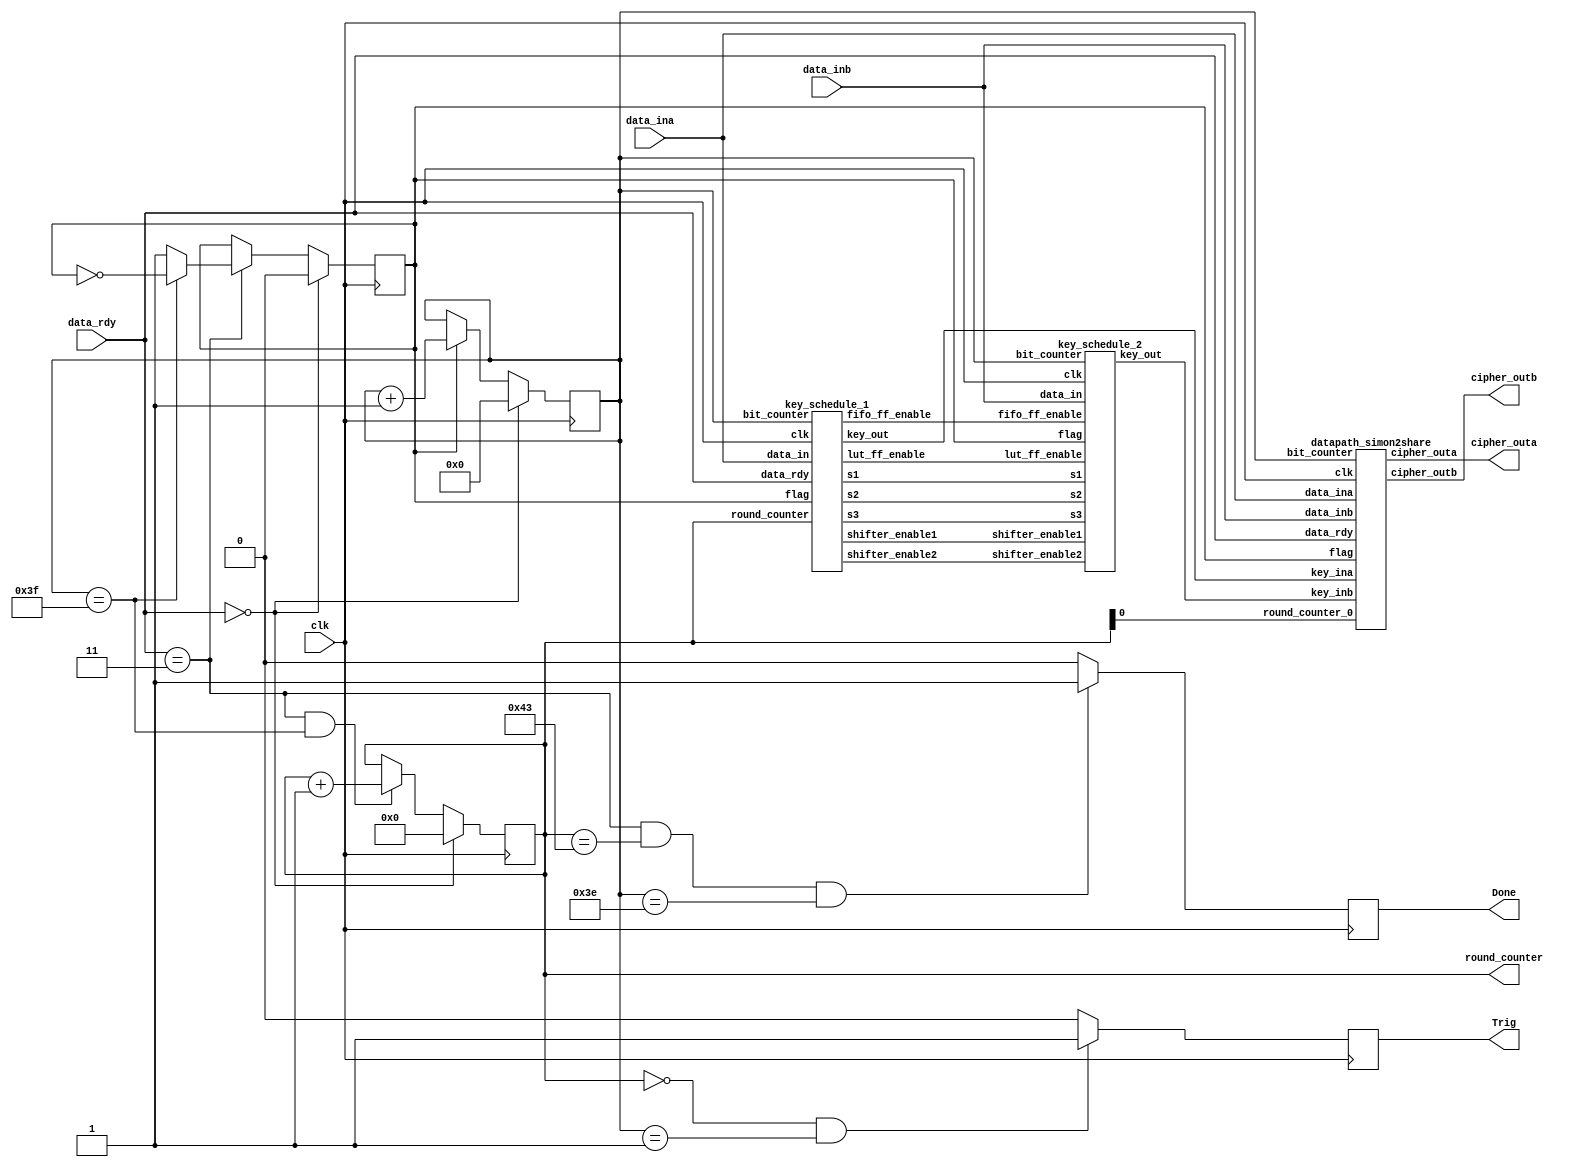
`timescale 1ns / 1ps

module TI_Simon_Core(
       clk, data_ina, data_inb, data_rdy, cipher_outa, cipher_outb, round_counter, Done, Trig);
		 
	//------------------------------------------------ Interfaces
	input clk;
	input data_ina, data_inb;
	input [1:0] data_rdy;
	output cipher_outa, cipher_outb;
	output reg [6:0] round_counter;
	output reg Done, Trig;

	//------------------------------------------------
	reg [5:0] bit_counter;
	reg flag;
	
	wire shifter_enable1,shifter_enable2;
	wire lut_ff_enable,fifo_ff_enable;
	
	wire [1:0] s1,s3;
	wire s2;
	wire keya, keyb;

	// bit_counter logic
	always@(posedge clk)
	begin
		if(data_rdy==0)
			bit_counter <= 0;
		else if(flag) 
			bit_counter <= bit_counter + 1;		
		else
			bit_counter <= bit_counter;
	end
	
	always@(posedge clk) 
	begin
		if(data_rdy==0)
			flag <= 0;
		else if(data_rdy == 3)
		begin
			if(bit_counter == 63)
				flag <= ~flag;
			else
				flag <= 1;
		end
		else
			flag <= flag;
	end
	
	// round_counter logic
	always@(posedge clk)
	begin
		if(data_rdy==0)
			round_counter <= 0;
		else if(data_rdy == 3 && bit_counter == 63)
			round_counter <= round_counter + 1;
		else
			round_counter <= round_counter;
	end

	always @(posedge clk) begin
		if (round_counter == 0 && bit_counter == 1) //So it means first 4 rounds
			Trig = 1;
		else
			Trig = 0;

		if(data_rdy == 3 && round_counter == 67 && bit_counter == 62)
			Done = 1;			
		else
			Done = 0;
	end
	//------------------------------------------------
	/*
		data_rdy=0 -> Reset, Idle
		data_rdy=1 -> Load Plaintext
		data_rdy=2 -> Load Key
		data_rdy=3 -> Run (keep at 3 while the block cipher is running)
	*/

	datapath_simon2share SIMON_DATAPATH
					(.clk(clk), 
					 .data_ina(data_ina), .data_inb(data_inb), 
					 .data_rdy(data_rdy), 
					 .key_ina(keya), .key_inb(keyb),
					 .cipher_outa(cipher_outa), .cipher_outb(cipher_outb), 
					 .round_counter_0(round_counter[0]), .bit_counter(bit_counter), .flag(flag));
											
	key_schedule_1 SIMON_KEY_EXP_1
					(.clk(clk), 
					 .data_in(data_ina), .data_rdy(data_rdy), 
					 .key_out(keya), 
					 .bit_counter(bit_counter), .round_counter(round_counter),
					 .s2(s2), .s1(s1), .s3(s3), .flag(flag),
					 .shifter_enable1(shifter_enable1), .shifter_enable2(shifter_enable2),
					 .lut_ff_enable(lut_ff_enable), .fifo_ff_enable(fifo_ff_enable));

	key_schedule_2 SIMON_KEY_EXP_2
					(.clk(clk), .data_in(data_inb), .key_out(keyb), 
					 .bit_counter(bit_counter), 
					 .s2(s2), .s1(s1), .s3(s3), .flag(flag),
					 .shifter_enable1(shifter_enable1), .shifter_enable2(shifter_enable2),
					 .lut_ff_enable(lut_ff_enable), .fifo_ff_enable(fifo_ff_enable));

endmodule

// 
module datapath_simon2share(clk, data_ina, data_inb, data_rdy, key_ina, key_inb, 
							cipher_outa, cipher_outb, round_counter_0, flag, bit_counter);
	input clk, data_ina, data_inb;
	input key_ina, key_inb;
	input [1:0] data_rdy;
	input round_counter_0;
	input [5:0] bit_counter;
	input flag;
	output cipher_outa, cipher_outb;

	reg s1, s2;
	reg [1:0] s3;

	wire lut_rol8_shifted_out_a, lut_rol8_shifted_out_b;
	reg shifter_enable1, shifter_enable2;
	//Selection MUX
	always@(*)
	begin
		// For the first 8 bits of each even round OR for all the bits after the first 8 bits in odd rounds OR loading the plaintext  
		if((round_counter_0==0 && (bit_counter<8 || flag==0))||(round_counter_0==1 && (bit_counter>7 && flag))||(data_rdy==1))
			s1 = 1;
		else 
			s1 = 0;
		
		if(round_counter_0==0) // Even rounds
			s2 = 0;
		else
			s2 = 1;

		if(data_rdy==1) // Loading plaintext
			s3 = 0;
		else if(bit_counter==63) // Even rounds
			s3 = 2;
		else  begin
			if(flag == 0) // Odd rounds
				s3 = 1;
			else
				s3 = s3;
		end
	end

	// SHIFTER ENABLES
	// Two shift registers are enabled when the plaintext is being loaded (1) or when the block cipher is running (3)
	always@(*)
	begin
		if(data_rdy == 1 || (data_rdy == 3 && bit_counter != 63))
		begin
			shifter_enable1 = 1;
			shifter_enable2 = 1;
		end
		else
		begin
			shifter_enable1 = 0;
			shifter_enable2 = 0;
		end
	end

	datapath_share dp_a(clk, data_ina, key_ina, shifter_enable1, shifter_enable2, cipher_outa,
						lut_rol8_shifted_out_b, lut_rol8_shifted_out_a, s1, s2, s3);

	datapath_share dp_b(clk, data_inb, key_inb, shifter_enable1, shifter_enable2, cipher_outb,
						lut_rol8_shifted_out_a, lut_rol8_shifted_out_b, s1, s2, s3);

endmodule

module datapath_share(clk, data_in, key_in, shifter_enable1, shifter_enable2, cipher_out, 
		 			  lut_rol8_shifted_ext, lut_rol8_shifted_out, s1, s2, s3);

	// interfaces
	input clk;
	input data_in, key_in;
	input s1, s2;
	input [1:0] s3;
	input shifter_enable1, shifter_enable2;
	input lut_rol8_shifted_ext;
	output cipher_out;
	output reg lut_rol8_shifted_out;
	
	// shift register 
	reg [54:0] shifter1;
	reg [63:0] shifter2;
	reg shift_in1,shift_in2;
	wire shift_out1,shift_out2;
	
	// FIFO
	reg fifo_ff62,fifo_ff61,fifo_ff60,fifo_ff59,fifo_ff58,fifo_ff57,fifo_ff56, fifo_ff55;
	reg lut_ff62,lut_ff61,lut_ff60,lut_ff59,lut_ff58,lut_ff57,lut_ff56, lut_ff55;
	reg ff63;
	
	reg lut_ff_input,fifo_ff_input, ff_input;
	reg lut_rol1,lut_rol2,lut_rol8;
	reg lut_rol1_shifted;
	wire lut_out;
	// Loading data in
	always @(posedge clk)
	begin
		if(shifter_enable1)
			shifter1 <= {shift_in1, shifter1[54:1]};
	end
	
	assign shift_out1 = shifter1[0];
	
	always @(posedge clk)
	begin
		if(shifter_enable2)
			shifter2 <= {shift_in2, shifter2[63:1]};
	end
	
	assign shift_out2 = shifter2[0];
	
	always@(posedge clk)
	begin
		ff63 <= ff_input;
		if(shifter_enable1)
		begin	
			fifo_ff62 <= fifo_ff_input;
			fifo_ff61 <= fifo_ff62;
			fifo_ff60 <= fifo_ff61;
			fifo_ff59 <= fifo_ff60;
			fifo_ff58 <= fifo_ff59;
			fifo_ff57 <= fifo_ff58;
			fifo_ff56 <= fifo_ff57;
			fifo_ff55 <= fifo_ff56;
		end
	end

	always@(posedge clk)
	begin
		if(shifter_enable1)
		begin
			lut_ff62 <= lut_ff_input;
			lut_ff61 <= lut_ff62;
			lut_ff60 <= lut_ff61;
			lut_ff59 <= lut_ff60;
			lut_ff58 <= lut_ff59;
			lut_ff57 <= lut_ff58;
			lut_ff56 <= lut_ff57;
			lut_ff55 <= lut_ff56;
		end
	end
	
	always@(*)
	begin
			shift_in2 = shift_out1;
	end
	
	always@(*)
	begin
		if(s1 == 0)
			shift_in1 = lut_ff55;
		else
			shift_in1 = fifo_ff55;
	end
	
	always@(*)
	begin
		if(s3 == 0)
			ff_input = data_in;
		else if(s3 == 1) begin
			ff_input = shift_out1;
		end
		else if(s3 == 2) begin
			ff_input = lut_out;
		end
		else
			ff_input = ff_input; 
	end
	
	always@(*)
	begin
		if(s2 == 0) 
			fifo_ff_input = ff63;
		else
			fifo_ff_input = lut_out;
	end
	
	always@(*)
	begin
		if(s2 == 1)
			lut_ff_input = ff63;
		else
			lut_ff_input = lut_out;
	end
	
	always@(*)
	begin
		lut_rol1 = ff63;
		
		if(s2 == 0) 
			lut_rol1_shifted = fifo_ff62;
		else
			lut_rol1_shifted = lut_ff62;
		
		if(s2 == 0)
			lut_rol8_shifted_out = fifo_ff55;
		else
			lut_rol8_shifted_out = lut_ff55;
		
		if(s2 == 0)
			lut_rol2 = fifo_ff62;
		else
			lut_rol2 = lut_ff62;
			
		if(s2 == 0)
			lut_rol8 = fifo_ff56;
		else
			lut_rol8 = lut_ff56;
	end

	lut_datapath LUT_A_DATAPATH 
	(.clk(clk), .out(lut_out), .shift_out2(shift_out2), .key_in(key_in), .lut_rol2(lut_rol2), 
	 .lut_rol1(lut_rol1), .lut_rol8(lut_rol8), 
	 .lut_rol1_shifted(lut_rol1_shifted), .lut_rol8_ext(lut_rol8_shifted_ext));
	 
	assign cipher_out = lut_out; 
endmodule

//================================================ lut_datapath
module lut_datapath
	(clk, out, shift_out2, key_in, lut_rol2, lut_rol1, lut_rol8, lut_rol1_shifted, lut_rol8_ext);
	
	//------------------------------------------------
	input clk, shift_out2, key_in, lut_rol2, lut_rol1, lut_rol8, lut_rol1_shifted, lut_rol8_ext;
	output out;
	reg intreg;
	//------------------------------------------------
	//assign lut_outa = shift_out2a ^ key_ina ^ lut_rol2a ^ (lut_rol1a & lut_rol8a) ^ (lut_rol1a & lut_rol8b);
	always @(posedge clk)
	begin
		intreg <= shift_out2 ^ lut_rol2 ^ (lut_rol1 & lut_rol8);
	end
	assign out = key_in ^ (lut_rol1_shifted & lut_rol8_ext) ^ intreg;

endmodule //lut_datapath

//================================================ key_schedule_modified1_simon_parallel
module key_schedule_1
	(clk,data_in,key_out,data_rdy,round_counter,bit_counter,flag,
	s2,s1,s3,shifter_enable1,shifter_enable2,lut_ff_enable,fifo_ff_enable);

	//------------------------------------------------
	input clk;
	input data_in;
	input [1:0] data_rdy;
	input [5:0] bit_counter;
	input [6:0] round_counter;
	input flag;
	output key_out;
	//output [6:0]round_counter;
	output s2;
	output [1:0] s1,s3;
	output shifter_enable1,shifter_enable2;
	output lut_ff_enable,fifo_ff_enable;
	//------------------------------------------------
	reg [59:0] shifter1;
	reg [63:0] shifter2;
	reg shift_in1,shift_in2;
	wire shift_out1,shift_out2;
	reg shifter_enable1,shifter_enable2;
	reg lut_ff_enable,fifo_ff_enable;
	wire lut_out;
	reg lut_in3;
	reg s2;
	reg [1:0] s1,s3;
	reg z_value;
	reg fifo_ff0,fifo_ff1,fifo_ff2,fifo_ff3;
	//(* shreg_extract = "no" *)
	reg lut_ff0,lut_ff1,lut_ff2,lut_ff3;
	//Constant value Z ROM
	wire [0:67] Z = 68'b10101111011100000011010010011000101000010001111110010110110011101011;
	//------------------------------------------------
	// Least bit of the round counter is sent to the datapath to check if it is even or odd

	// Shift Register1 FIFO 60x1 Begin
	// 60x1 shift register storing the 60 most significant bits of the upper word of the key
	always @(posedge clk)
	begin
		if(shifter_enable1)
		begin
			shifter1 <= {shift_in1, shifter1[59:1]};
		end
	end

	assign shift_out1 = shifter1[0];
	// Shift Register1 End

	// Shift Register2 FIFO 64x1 Begin
	// 64x1 shift register storing the lower word of the key
	always @(posedge clk)
	begin
		if(shifter_enable2)
		begin
			shifter2 <= {shift_in2, shifter2[63:1]};
		end
	end

	assign shift_out2 = shifter2[0];
	// Shift Register2 End

	// 4 flip-flops storing the least significant 4 bits of the upper word in the first round
	always @(posedge clk)
	begin
		if(fifo_ff_enable)
		begin
			fifo_ff3 <= shift_out1;
			fifo_ff2 <= fifo_ff3;
			fifo_ff1 <= fifo_ff2;
			fifo_ff0 <= fifo_ff1;
		end
	end

	// 4 flip-flops storing the least significant 4 bits of the upper word after the first round
	always@(posedge clk)
	begin
		if(lut_ff_enable)
		begin
			lut_ff3 <= lut_out;
			lut_ff2 <= lut_ff3;
			lut_ff1 <= lut_ff2;
			lut_ff0 <= lut_ff1;
		end
	end

	//FIFO 64x1 Input MUX
	always@(*)
	begin
		if(s3==1/*data_rdy==2*/)
			shift_in2 = fifo_ff0;
		else if(s3==2/*data_rdy==3 && (round_counter<1 || bit_counter>3)*/)
			shift_in2 = fifo_ff0;
		else if(s3==3/*data_rdy==3 && bit_counter<4 && round_counter>0*/) 
			shift_in2 = lut_ff0; 
		else
			shift_in2 = 1'bx;
	end

	always@(*)
	begin
		if(data_rdy==2)
			s3 = 1;//shift_in2 = fifo_ff0;
		else if(data_rdy==3 && (round_counter<1 || (bit_counter>3 && bit_counter != 127)))
			s3 = 2;//shift_in2 = fifo_ff0;
		else if(data_rdy==3 && bit_counter<4 && round_counter>0) 
			s3 = 3;//shift_in2 = lut_ff0; 
		else
			s3 = 0;//shift_in2 = 1'bx;
	end


	//LUT >>3 Input MUX
	always@(*)
	begin
		if(s2==0)
			lut_in3 = fifo_ff3;
		else
			lut_in3 = lut_ff3;
	end

	//FIFO 60x1 Input MUX
	always@(*)
	begin
		if(s1==0)
			shift_in1 = fifo_ff0;
		else if(s1==1)
			shift_in1 = data_in;
		else if(s1==2)
			shift_in1 = lut_out;
		else if(s1==3)
			shift_in1 = lut_ff0;
		else
			shift_in1 = 1'bx;
	end

	//S2 MUX
	always@(*)
	begin
		if((flag && bit_counter==0) && round_counter!=0)
			s2 = 1;
		else
			s2 = 0;
	end

	//S1 MUX
	always@(*)
	begin
		if(data_rdy==2)
			s1 = 1;
		else if(data_rdy==3 && (flag && bit_counter<4) && round_counter==0)
			s1 = 0;
		else if(data_rdy==3 && (flag && bit_counter<4) && round_counter>0)
			s1 = 3;
		else
			s1 = 2;
	end

	// LUT FF ENABLE MUX
	// LUT FFs are used only at the first four clock cycles of each round
	always@(*)
	begin
		if(data_rdy==3 && (flag && bit_counter<4))
			lut_ff_enable = 1;
		else
			lut_ff_enable = 0;
	end

	//FIFO FF ENABLE MUX
	always@(*)
	begin
		if(data_rdy==2 || flag)
			fifo_ff_enable = 1;
		else
			fifo_ff_enable = 0;
	end

	//SHIFTER ENABLES
	// Shifters are enabled when the key is loaded or block cipher is running
	always@(*)
	begin
		if(data_rdy==2 || flag)
			shifter_enable1 = 1;
		else
			shifter_enable1 = 0;
		
		if(data_rdy==2 || flag)
			shifter_enable2 = 1;
		else
			shifter_enable2 = 0;
			
	end


	// The necessary bit of the constant Z is selected by the round counter
	always @(*)
	begin
		if(bit_counter==0)
			z_value = Z[round_counter];
		else
			z_value = 0;
	end

	// New computed key bit
	assign lut_out = shift_out2 ^ lut_in3 ^ shift_out1 ^ z_value;// ^ c;

	// Output key bit that is connected to the datapath	
	assign key_out = shift_out2;
	
endmodule

//================================================ key_schedule_modified2_simon_parallel
module key_schedule_2
	(clk,data_in,key_out, bit_counter, flag,s2,s1,s3,shifter_enable1,shifter_enable2,lut_ff_enable,fifo_ff_enable);

	//------------------------------------------------
	input clk;
	input data_in;
	//input [1:0] data_rdy;
	input [5:0] bit_counter;
	input flag;
	output key_out;
	input s2;
	input [1:0] s1,s3;
	input shifter_enable1,shifter_enable2;
	input lut_ff_enable,fifo_ff_enable;
	//------------------------------------------------
	reg [59:0] shifter1;
	reg [63:0] shifter2;
	reg shift_in1,shift_in2;
	wire shift_out1,shift_out2;
	wire lut_out;
	reg lut_in3;
	reg c;
	reg fifo_ff0,fifo_ff1,fifo_ff2,fifo_ff3;
	//(* shreg_extract = "no" *)
	reg lut_ff0,lut_ff1,lut_ff2,lut_ff3;
	//------------------------------------------------
	// Shift Register1 FIFO 60x1 Begin
	// 60x1 shift register storing the 60 most significant bits of the upper word of the key
	always @(posedge clk)
	begin
		if(shifter_enable1)
		begin
			shifter1 <= {shift_in1, shifter1[59:1]};
		end
	end

	assign shift_out1 = shifter1[0];
	// Shift Register1 End

	// Shift Register2 FIFO 64x1 Begin
	// 64x1 shift register storing the lower word of the key
	always @(posedge clk)
	begin
		if(shifter_enable2)
		begin
			shifter2 <= {shift_in2, shifter2[63:1]};
		end
	end

	assign shift_out2 = shifter2[0];
	// Shift Register2 End

	// 4 flip-flops storing the least significant 4 bits of the upper word in the first round
	always @(posedge clk)
	begin
		if(fifo_ff_enable)
		begin
			fifo_ff3 <= shift_out1;
			fifo_ff2 <= fifo_ff3;
			fifo_ff1 <= fifo_ff2;
			fifo_ff0 <= fifo_ff1;
		end
	end

	// 4 flip-flops storing the least significant 4 bits of the upper word after the first round
	always@(posedge clk)
	begin
		if(lut_ff_enable)
		begin
			lut_ff3 <= lut_out;
			lut_ff2 <= lut_ff3;
			lut_ff1 <= lut_ff2;
			lut_ff0 <= lut_ff1;
		end
	end

	//FIFO 64x1 Input MUX
	always@(*)
	begin
		if(s3==1/*data_rdy==2*/)
			shift_in2 = fifo_ff0;
		else if(s3==2/*data_rdy==3 && (round_counter<1 || bit_counter>3)*/)
			shift_in2 = fifo_ff0;
		else if(s3==3/*data_rdy==3 && bit_counter<4 && round_counter>0*/) 
			shift_in2 = lut_ff0; 
		else
			shift_in2 = 1'bx;
		
	end

	//LUT >>3 Input MUX
	always@(*)
	begin
		if(s2==0)
			lut_in3 = fifo_ff3;
		else
			lut_in3 = lut_ff3;
	end

	//FIFO 60x1 Input MUX
	always@(*)
	begin
		if(s1==0)
			shift_in1 = fifo_ff0;
		else if(s1==1)
			shift_in1 = data_in;
		else if(s1==2)
			shift_in1 = lut_out;
		else if(s1==3)
			shift_in1 = lut_ff0;
		else
			shift_in1 = 1'bx;
	end

	// The value of c is 1 at the first two cycles of each round only
	always @(*)
	begin
		if((flag && bit_counter==0) || bit_counter==1)
			c = 0;
		else 
			c = 1;
	end

	// New computed key bit
	assign lut_out = shift_out2 ^ lut_in3 ^ shift_out1 ^ c;

	// Output key bit that is connected to the datapath	
	assign key_out = shift_out2;
		
endmodule //key_schedule_modified2_simon_parallel